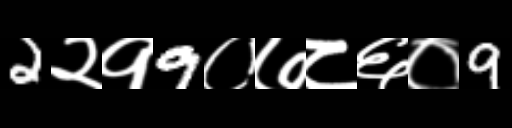
Text: 2२१9०७८६०9